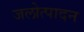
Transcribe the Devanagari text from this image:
जलोत्पादन